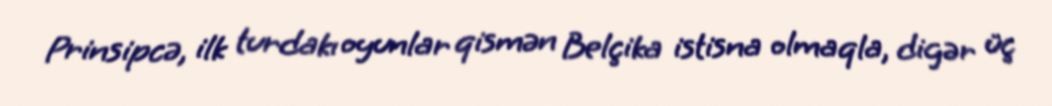
Prinsipcə, ilk turdakı oyunlar qismən Belçika istisna olmaqla, digər üç